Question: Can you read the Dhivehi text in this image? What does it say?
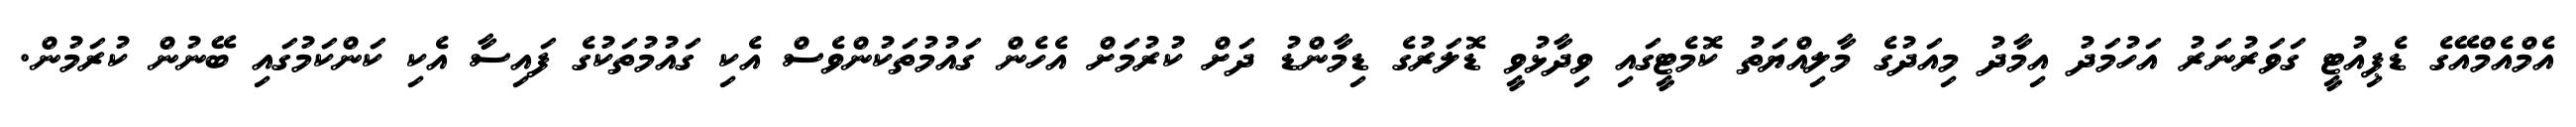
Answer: އެމްއެމްއޭގެ ޑެޕިއުޓީ ގަވަރުނަރު އަހުމަދު އިމާދު މިއަދުގެ މާލިއްޔަތު ކޮމެޓީގައި ވިދާޅުވީ ޑޮލަރުގެ ޑިމާންޑު ދަށް ކުރުމަށް އެހެން ގައުމުތަކުންވެސް އެކި ގައުމުތަކުގެ ފައިސާ އެކި ކަންކަމުގައި ބޭނުން ކުރަމުން.